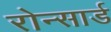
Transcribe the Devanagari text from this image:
रोन्सार्ड